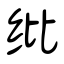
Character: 纰